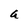
Character: q